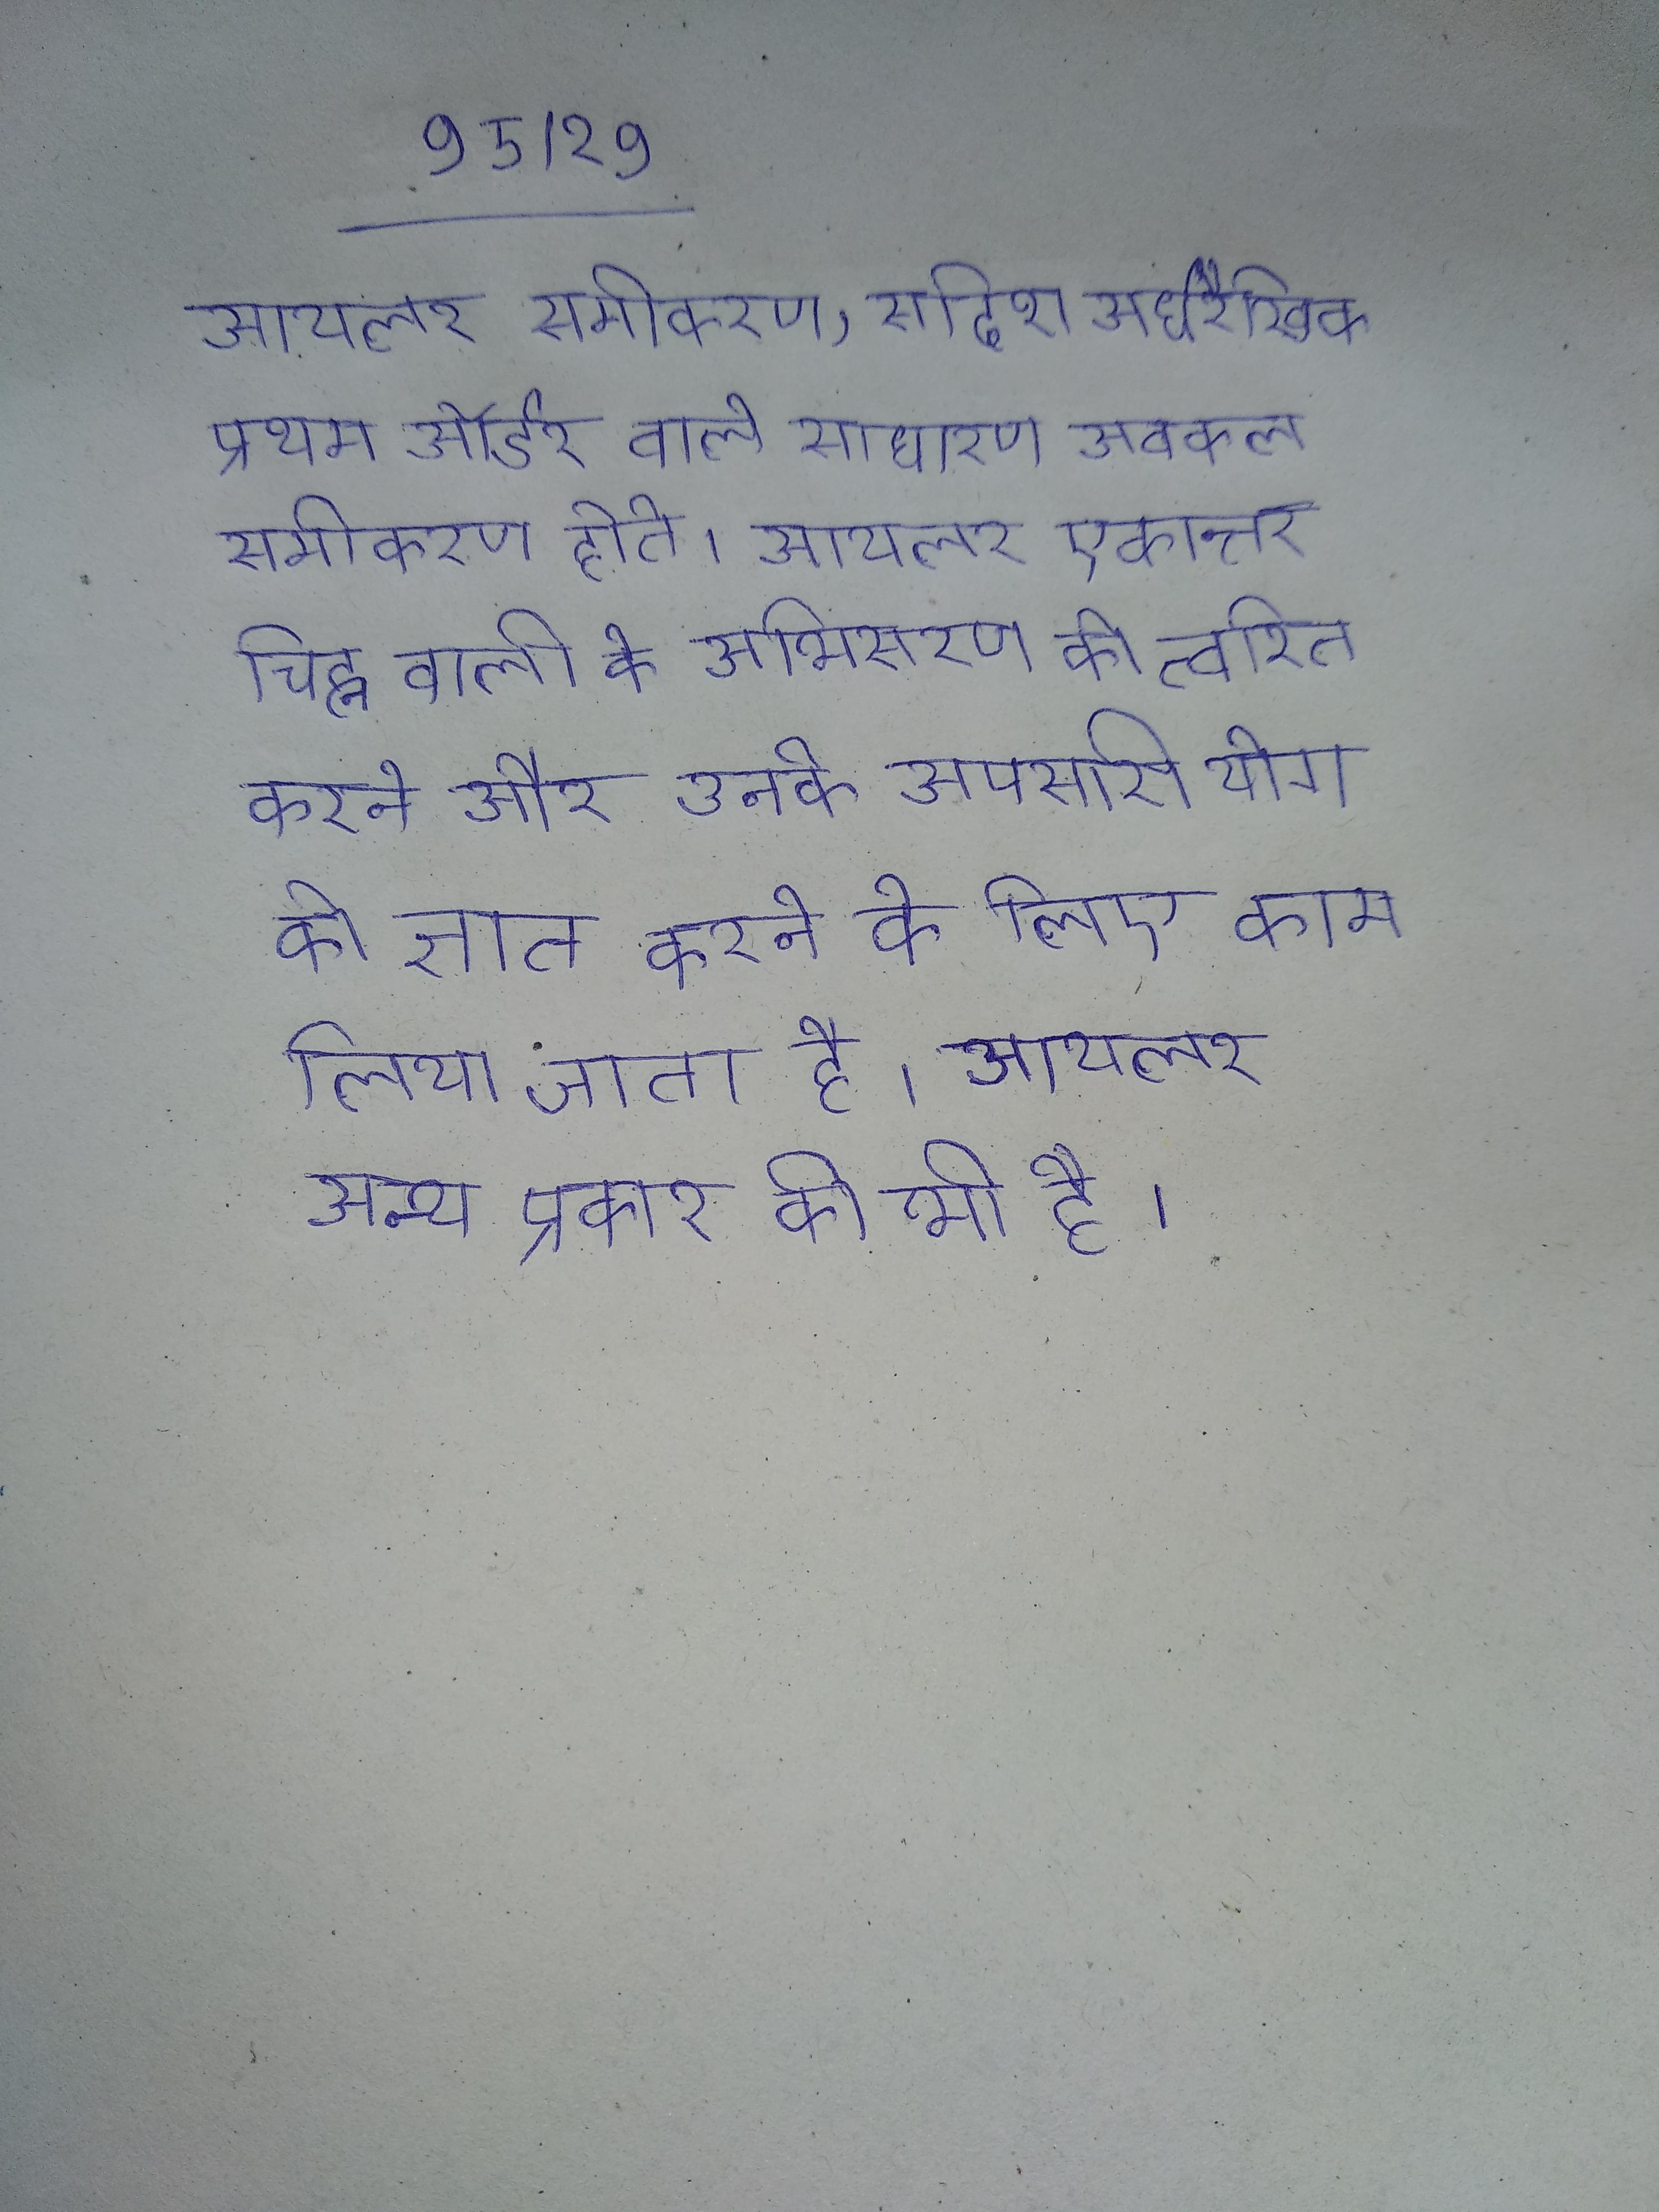
आयलर समीकरण, सदिश अर्धरैखिक प्रथम ऑर्डर वाले साधारण अवकल समीकरण होते । आयलर एकान्तर चिह्न वाली के अभिसरण को त्वरित करने और उनके अपसारी योग को ज्ञात करने के लिए काम लिया जाता है । आयलर अन्य प्रकार की भी है ।